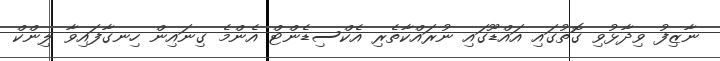
ނާޒިފު ވިދާޅުވި ގޮތުގައި އައްޑޫގައި ނުރައްކާތެރި އެކްސިޑެންޓް އެންމެ ގިނައިން ހިނގާފައިވާ ލިންކް